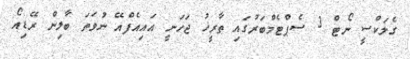
ގެލަކްސީ ނޯޓް 3 ސެޕްޓެމްބަރުގައި ތާރީޚު ޖަހަނީ އައިއެފްއޭ ނުވަތަ ބާލިން ރޭޑިއޯ